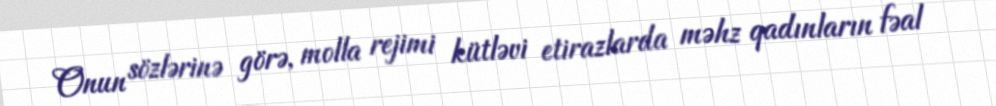
Onun sözlərinə görə, molla rejimi kütləvi etirazlarda məhz qadınların fəal